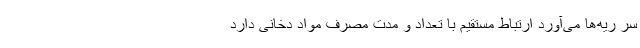
سر ریه‌ها می‌آورد ارتباط مستقیم با تعداد و مدت مصرف مواد دخانی دارد